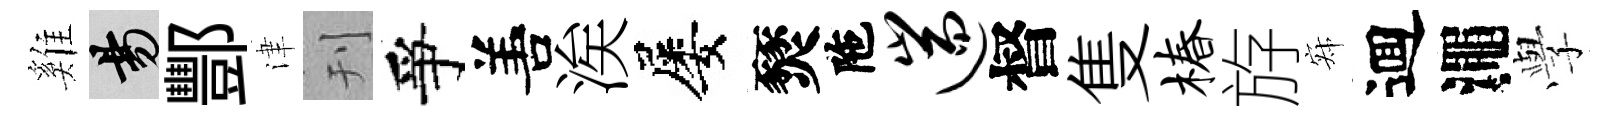
雞昜酆津刊爭𠵊涘屡燹陁遄督隻椿斿寂逥澠𫝯